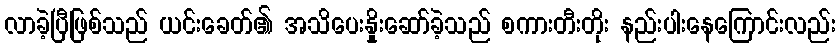
လာခဲ့ပြီဖြစ်သည် ယင်းခေတ်၏ အသိပေးနှိုးဆော်ခဲ့သည် စကားတီးတိုး နည်းပါးနေကြောင်းလည်း